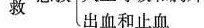
救出血和止血